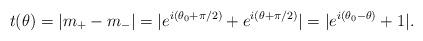
LaTeX: \begin{align*}t(\theta)=|m_+-m_-|=|e^{i(\theta_0+\pi/2)}+e^{i(\theta+\pi/2)}|=|e^{i(\theta_0-\theta)}+1|.\end{align*}